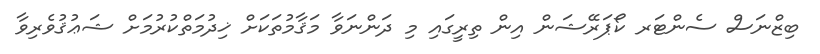
ބިޒްނަސް ސެންޓަރ ކޯޕަރޭޝަން އިން ތިރީގައި މި ދަންނަވާ މަޤާމުތަކަށް ޚިދުމަތްކުރުމަށް ޝަޢުޤުވެރިވާ